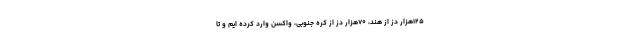
۱۲۵هزار دز از هند، ۷۰هزار دز از کره جنوبی، واکسن وارد کرده ایم و تا